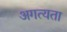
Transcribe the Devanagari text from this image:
अगत्यता